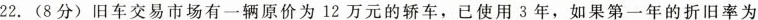
22. (8分) 旧车交易市场有一辆原价为 12万元的轿车，已使用 3 年，如果第一年的折旧率为